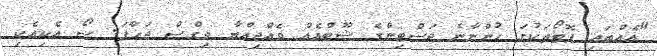
"އެއްބައި ފޮޓޯތަކުގަ ހުންނާނެ ޖަސްޓިންގެ ޝޫޓްއެއް ވެއްޖިއްޔާ ވިގްސް ޖަހާފަ. ސޯ އެކިއެކި